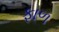
ફાળ